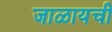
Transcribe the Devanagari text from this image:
जाळायची